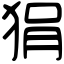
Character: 狷